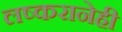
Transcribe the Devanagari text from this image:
लष्करानेही